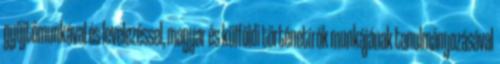
gyűjtőmunkával és levelezéssel, magyar és külföldi történetírók munkájának tanulmányozásával